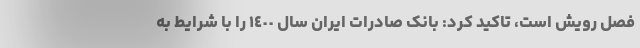
فصل رویش است، تاکید کرد: بانک صادرات ایران سال ١٤٠٠ را با شرایط به